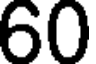
60